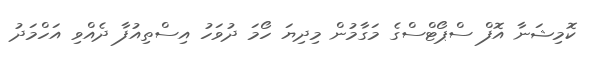
ކޮމިޝަނާ އޮފް ސްޕޯޓްސްގެ މަގާމުން މިދިޔަ ހޯމަ ދުވަހު އިސްތިއުފާ ދެއްވި އަހްމަދު